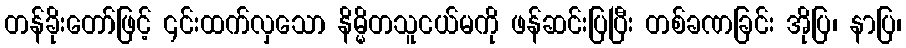
တန်ခိုးတော်ဖြင့် ၎င်းထက်လှသော နိမ္မိတသူငယ်မကို ဖန်ဆင်းပြပြီး တစ်ခဏခြင်း အိုပြ၊ နာပြ၊